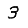
Digit: 3